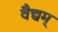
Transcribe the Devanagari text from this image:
वैद्यम्